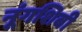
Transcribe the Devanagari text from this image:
नूंगशिबी